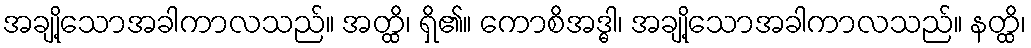
အချို့သောအခါကာလသည်။ အတ္ထိ၊ ရှိ၏။ ကောစိအဒ္ဓါ၊ အချို့သောအခါကာလသည်။ နတ္ထိ၊